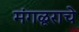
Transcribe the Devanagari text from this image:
मंगळूराचे